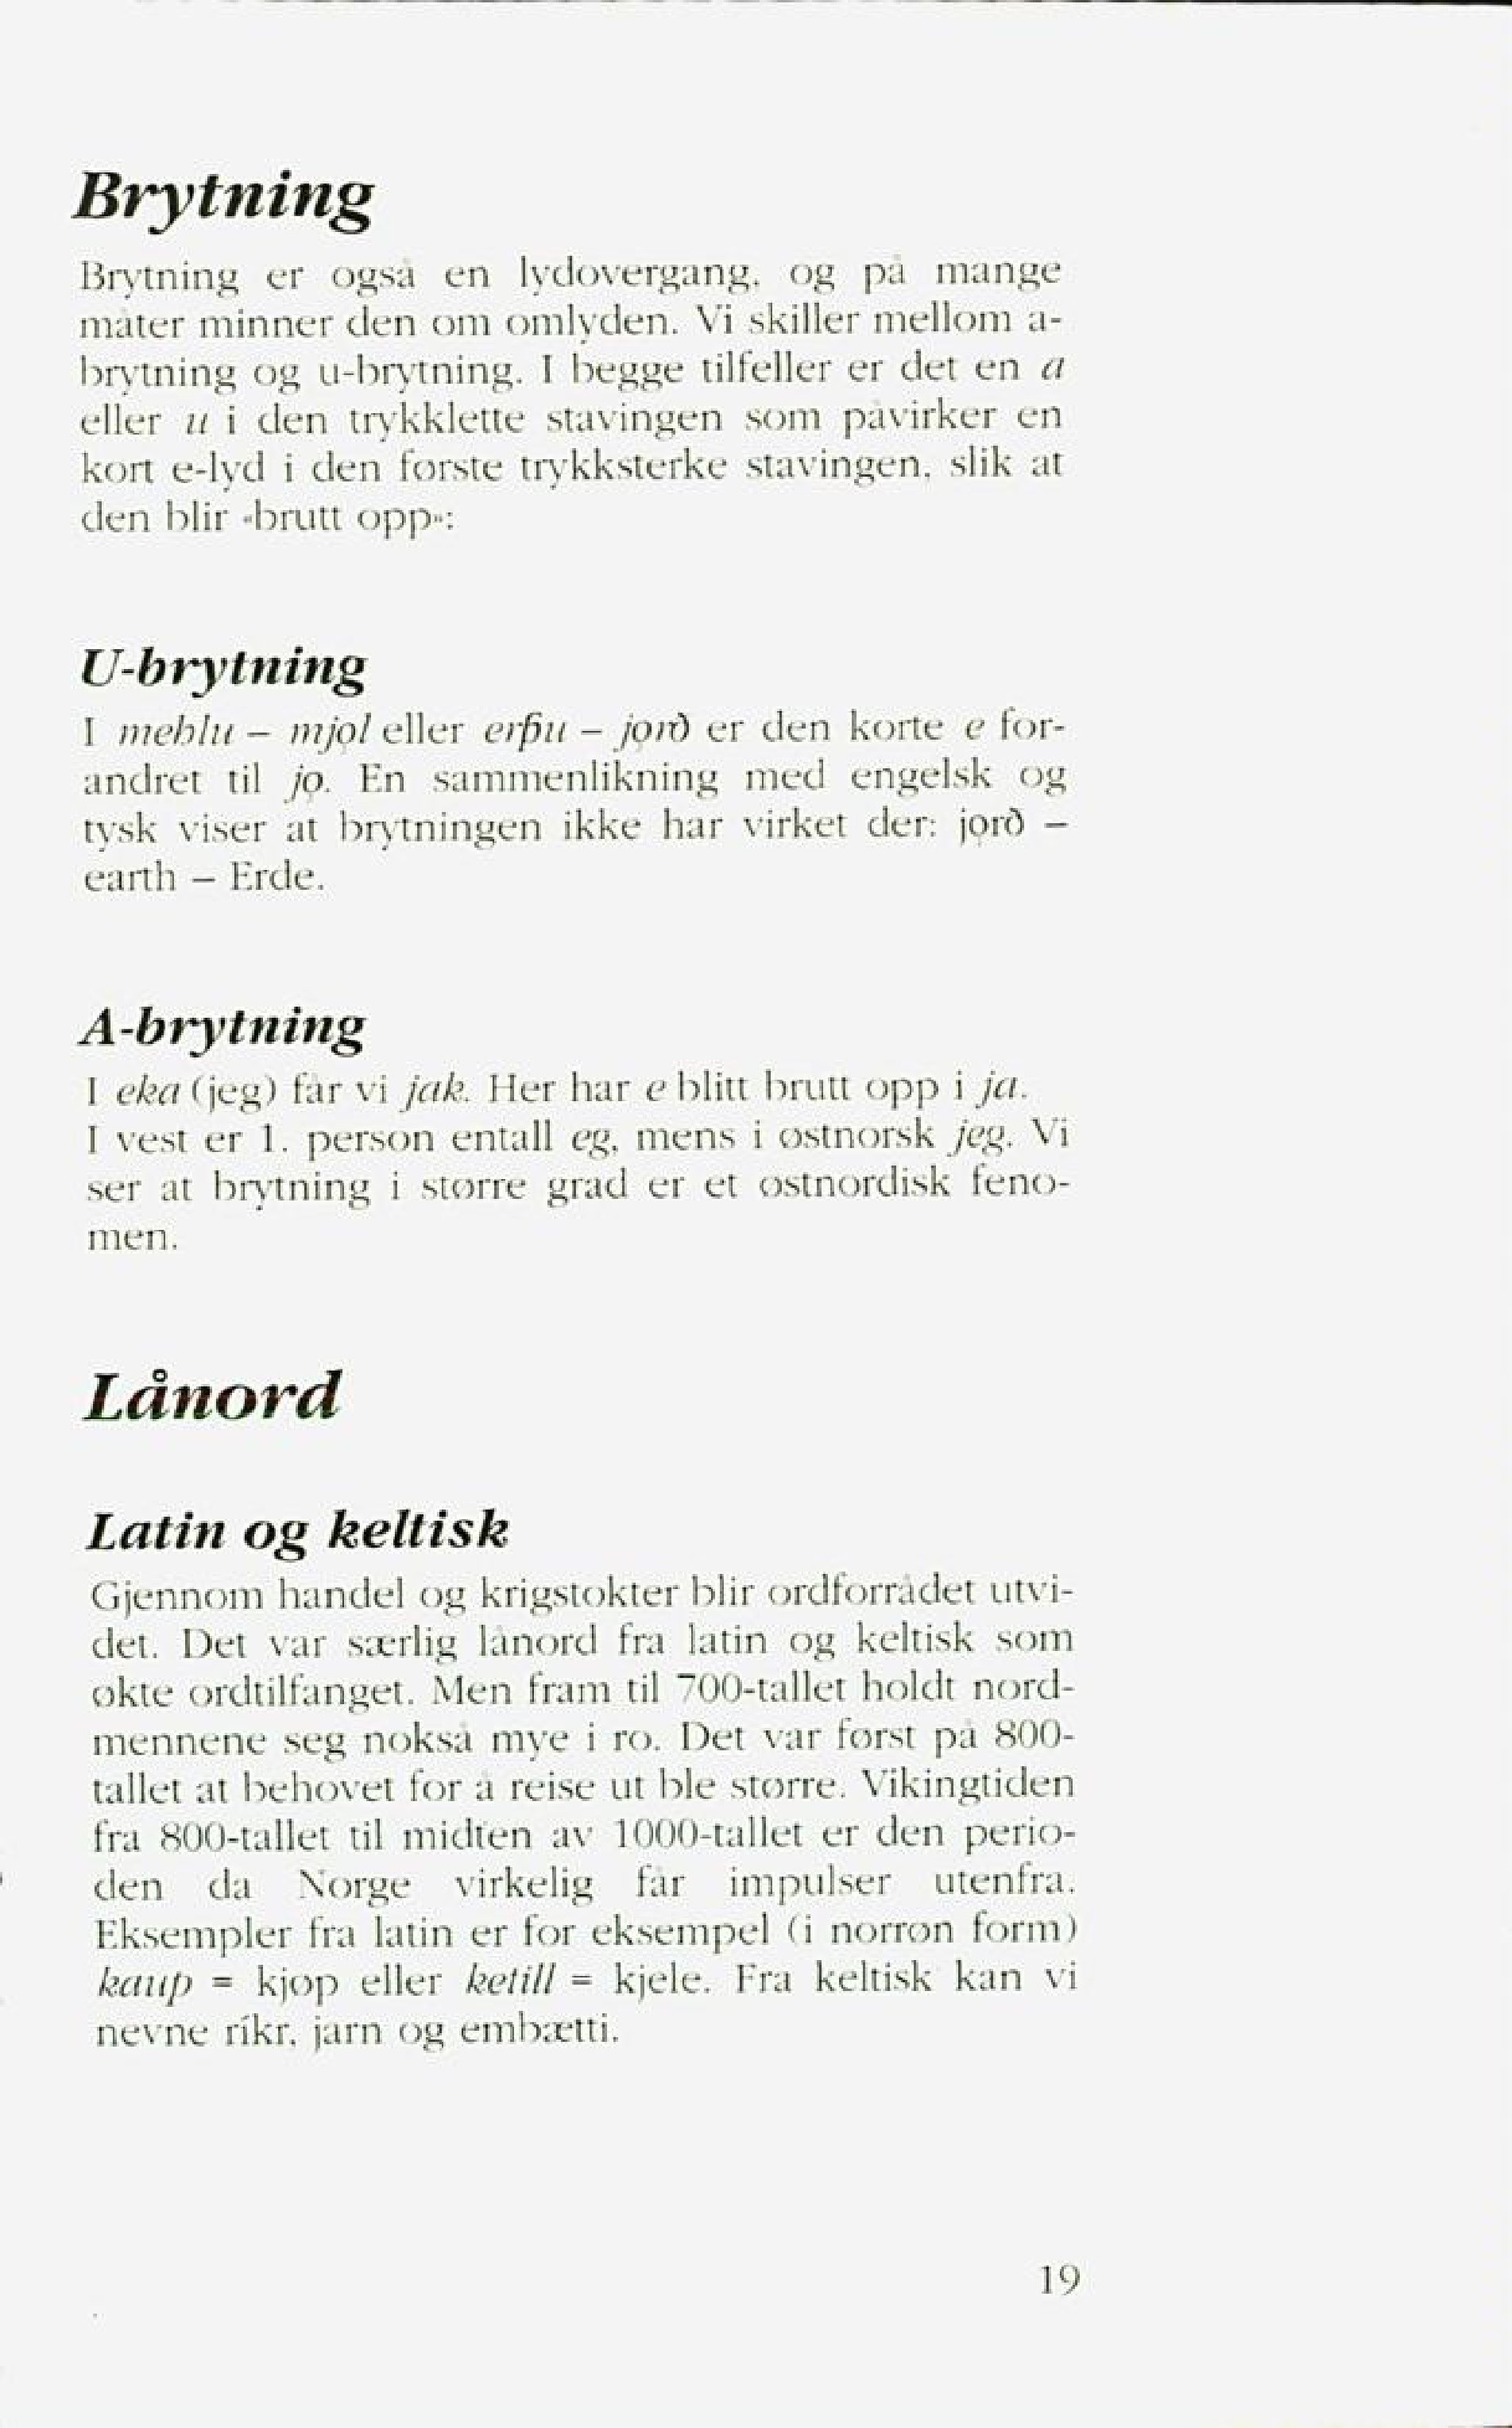
Language: no